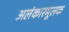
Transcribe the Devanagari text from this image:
अलंकारमूलक